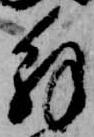
解